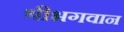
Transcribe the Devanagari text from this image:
श्रीभगवान